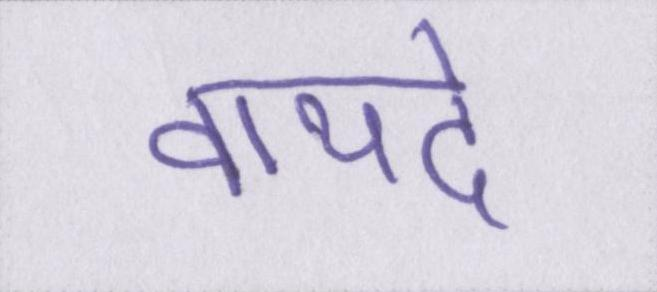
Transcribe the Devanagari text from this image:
वायदे